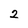
Character: 2